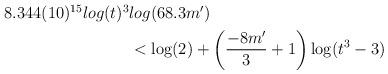
LaTeX: \begin{align*} \begin{aligned} 8.344(10)^{15}log(t)^3 &log(68.3m')\\ & < \log(2)+\left(\frac{-8m'}{3}+1\right) \log(t^3-3) \end{aligned} \end{align*}